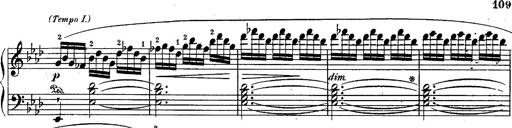
Title: Schubert's Impromptus [revised and edited by Franz Liszt]
Composer: Franz Liszt